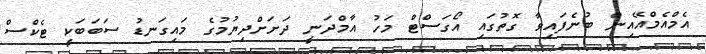
އެމްއެމްއޭއިން ބުނެފައިވާ ގޮތުގައި އޯގަސްޓް މަހު އާމްދަނީ ދަށަށްދިޔުމުގެ މައިގަނޑު ސަބަބަކީ ޓެކްސް